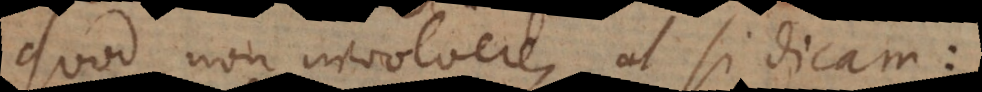
quod non involvere, ut si dicam: